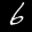
Label: 6